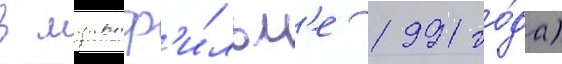
в мультф'и́льм'е 1991 го́да)